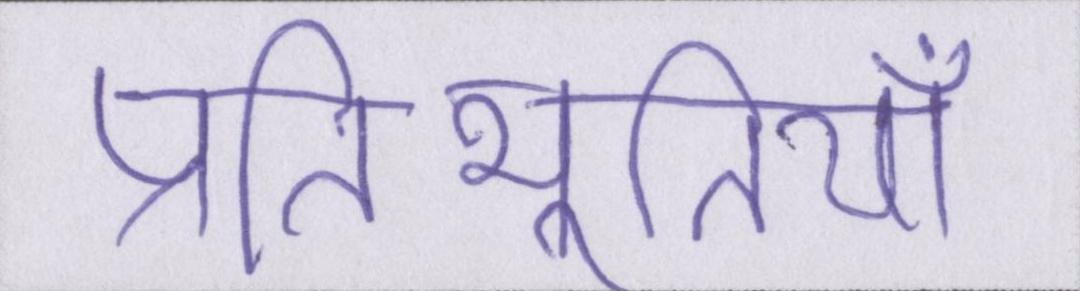
प्रतिभूतियाँ